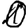
Digit: 0